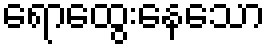
ရောထွေးနေသော